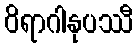
ဝိရာဂါနုပဿီ